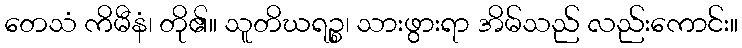
တေသံ ကိမီနံ၊ တို၏။ သူတိဃရဉ္စ၊ သားဖွားရာ အိမ်သည် လည်းကောင်း။